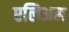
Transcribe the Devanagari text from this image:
एलिअम